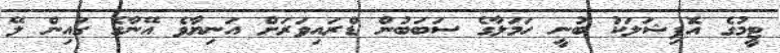
ޓީމުގެ އޮފިޝަލަކު ބުނީ ހަމަލާގެ ސަބަބުން ޑްރައިވަރަށް އަނިޔާވެ އޭނާގެ ގައިން ލޭ